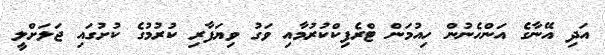
އަދި އޭނާގެ އަންހެނުން ހިއުމަން ޓްރެފިކްކުރުމާއި ވަގު ވިޔަފާރި ކުރުމުގެ ކުށުގައި ޖަލަށްލީ